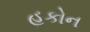
હકોન